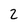
Character: 2